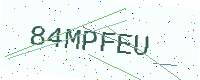
Text: 84MPFEU